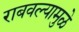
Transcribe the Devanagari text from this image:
राबवल्यामुळे